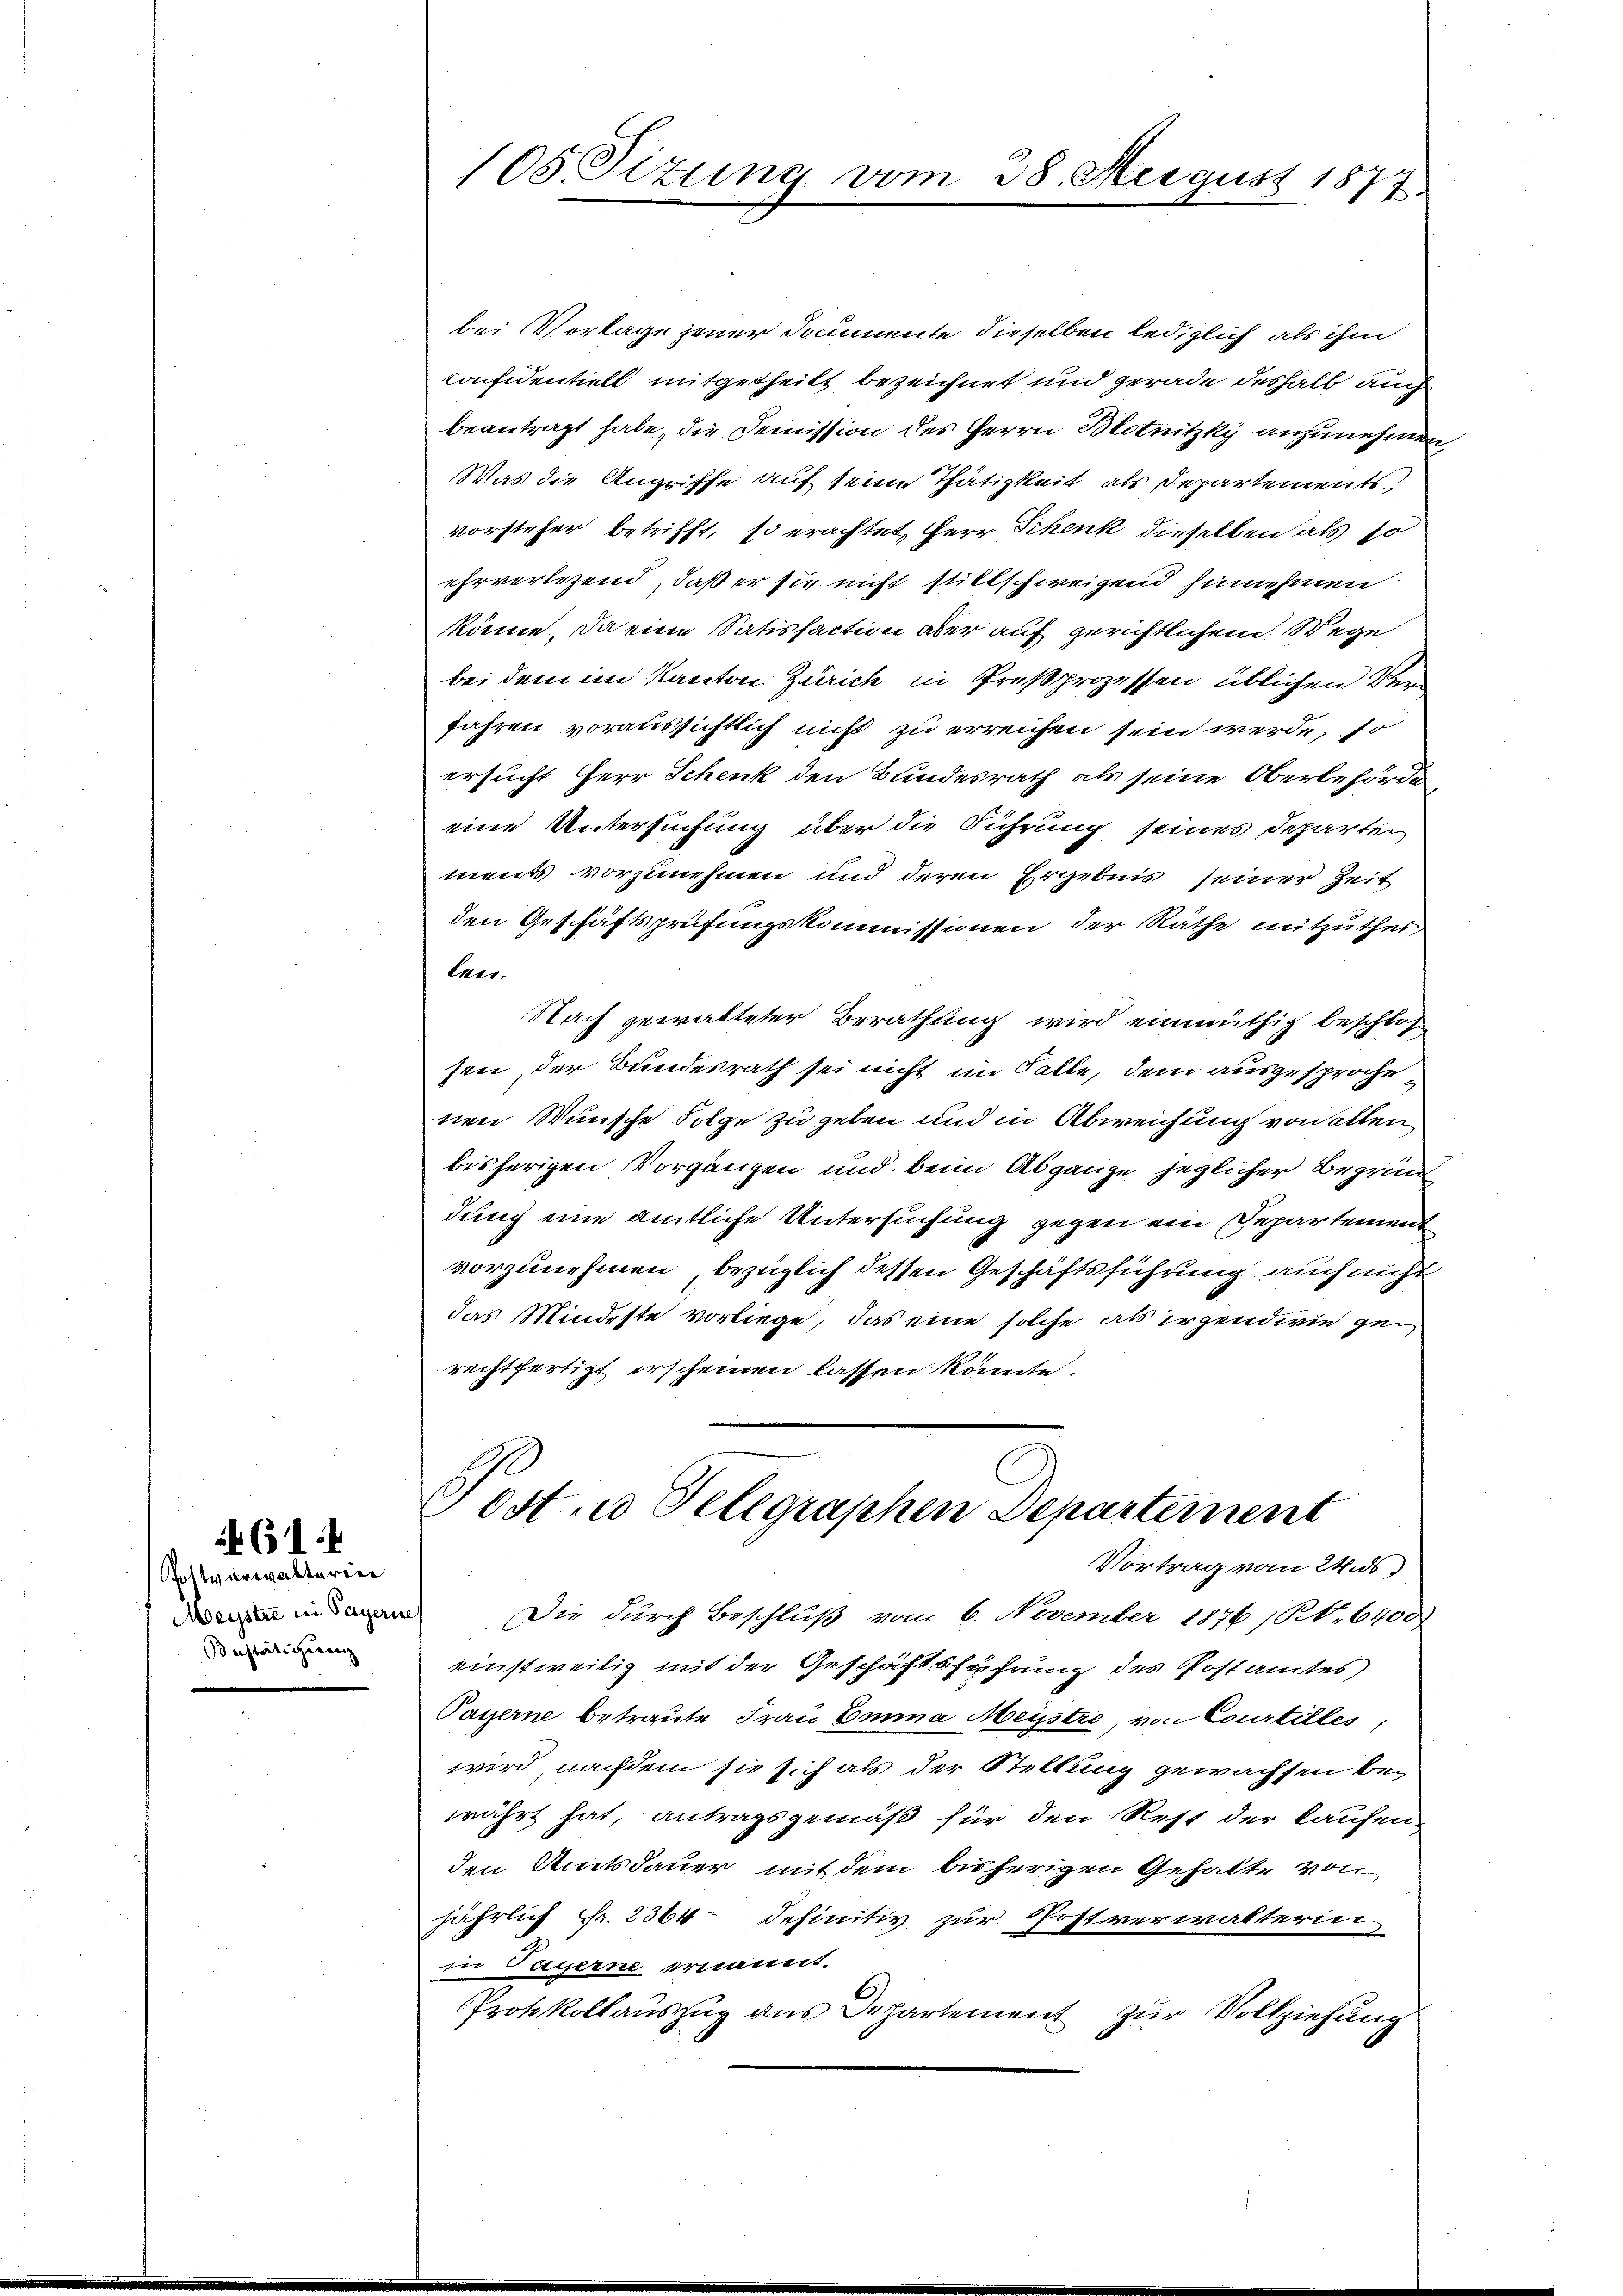
Postverwalterin
Meystre in Payeri
Bestätigerenz

1

105. Sizung vom 28. August 1877.

bei Vorlage jener Documente dieselben lediglich als ihm
Confidentiell mitgetheilt bezeichnet und gerade deshalb auch
beantragt habe, die Demission des Herrn Blotnitzky anzunehmen,
Was die Angriffe auf seine Thätigkeit als Departementsvorsteher betrifft, so erachtet, Herr Schenk dieselben als so
ehrverlesend, daß er sie nicht stillschweigend hinnehmen
könne, da eine Satisfaction aber auf gerichtlichem Wege
bei dem im Kanton Zürich in Preßprozessen üblichen Verfahren voraussichtlich nicht zu erreichen sein werde, so
ersucht Herr Schenk den Bundesrath als seine Oberbehörde
eine Untersuchung über die Führung seines Departen
ments vorzunehmen und deren Ergebnis seiner Zeit
den Geschäftsprüfungskommissionen der Räthe mitzutheitner.
Nach gewalteter Berathung wird einmüthig beschlos
sen der Bundesrath sei nicht im Falle, dem ausgesproche
nen Wünsche Folge zu geben und in Abweichung von allen
bisherigen Vorgängen und beim Abgange jeglicher Begründ
dung eine amtliche Untersuchung gegen ein Departement
vorzunehmen, bezüglich dessen Geschäftsführung auch nicht
das Mindeste vorliege, das eine solche als irgendwie gerechtfertigt erscheinen lassen könnte.
Post. Telegraphen Departement
Vortrag vom Wids,
s
Die durch Beschluß vom 6. November 1876 (S. 6400
einstweilig mit der Geschäftsführung des Postamtes
Payerne betraute Frau Emma Meystre von Courtilles,
wird nachdem sie sich als der Stellung gewachsen bewährt hat, antragsgemäß für den Rest der laufen
den Amtsdauer mit dem bisherigen Gehalte von
jährlich Fr. 2364 definitiv zur Postverwalterin
in Payerne ernannt.
Protokollaŭszŭg ans Departement zur Vollziehung